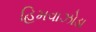
હિમવાઝોડા